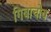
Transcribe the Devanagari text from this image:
गिबाचोव